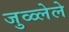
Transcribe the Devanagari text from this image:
जुळ्लेले